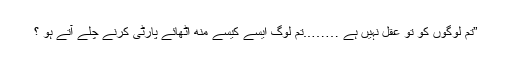
”تم لوگوں کو تو عقل نہیں ہے ……..تم لوگ ایسے کیسے منھ اٹھائے پارٹی کرنے چلے آتے ہو ؟